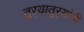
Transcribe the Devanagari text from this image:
तुऱ्यातुऱ्यांनी